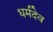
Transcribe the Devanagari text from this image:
धर्मदेव